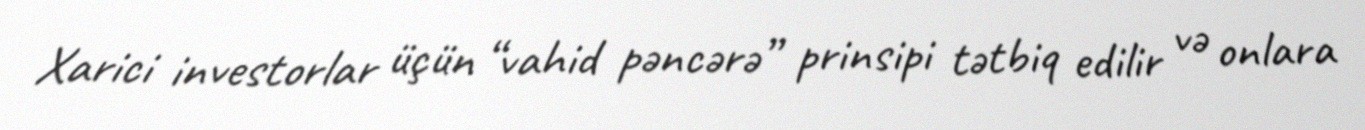
Xarici investorlar üçün “vahid pəncərə” prinsipi tətbiq edilir və onlara